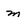
Character: m